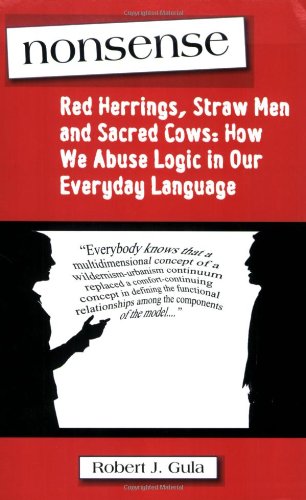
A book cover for Nonsense: Red Herrings, Straw Men and Sacred Cows: How We Abuse Logic in Our Everyday Language; Robert J. Gula; Politics & Social Sciences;